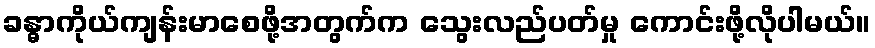
ခန္ဓာကိုယ်ကျန်းမာစေဖို့အတွက်က သွေးလည်ပတ်မှု ကောင်းဖို့လိုပါမယ်။